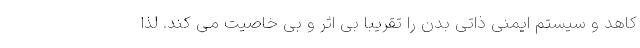
کاهد و سیستم ایمنی ذاتی بدن را تقریبا بی اثر و بی خاصیت می کند. لذا